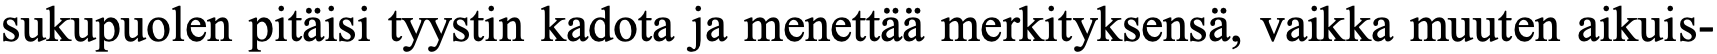
sukupuolen pitäisi tyystin kadota ja menettää merkityksensä, vaikka muuten aikuis-